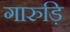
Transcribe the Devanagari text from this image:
गारुड़ि